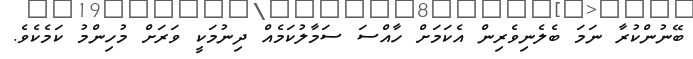
ބޭނުންކުރާ ނަމަ ބެލެނިވެރިން އެކަމަށް ހާއްސަ ސަމާލުކަމެއް ދިނުމަކީ ވަރަށް މުހިންމު ކަމެކެވެ.